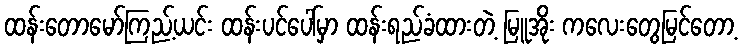
ထန်းတောမော်ကြည့်ယင်း ထန်းပင်ပေါ်မှာ ထန်းရည်ခံထားတဲ့ မြူအိုး ကလေးတွေမြင်တော့